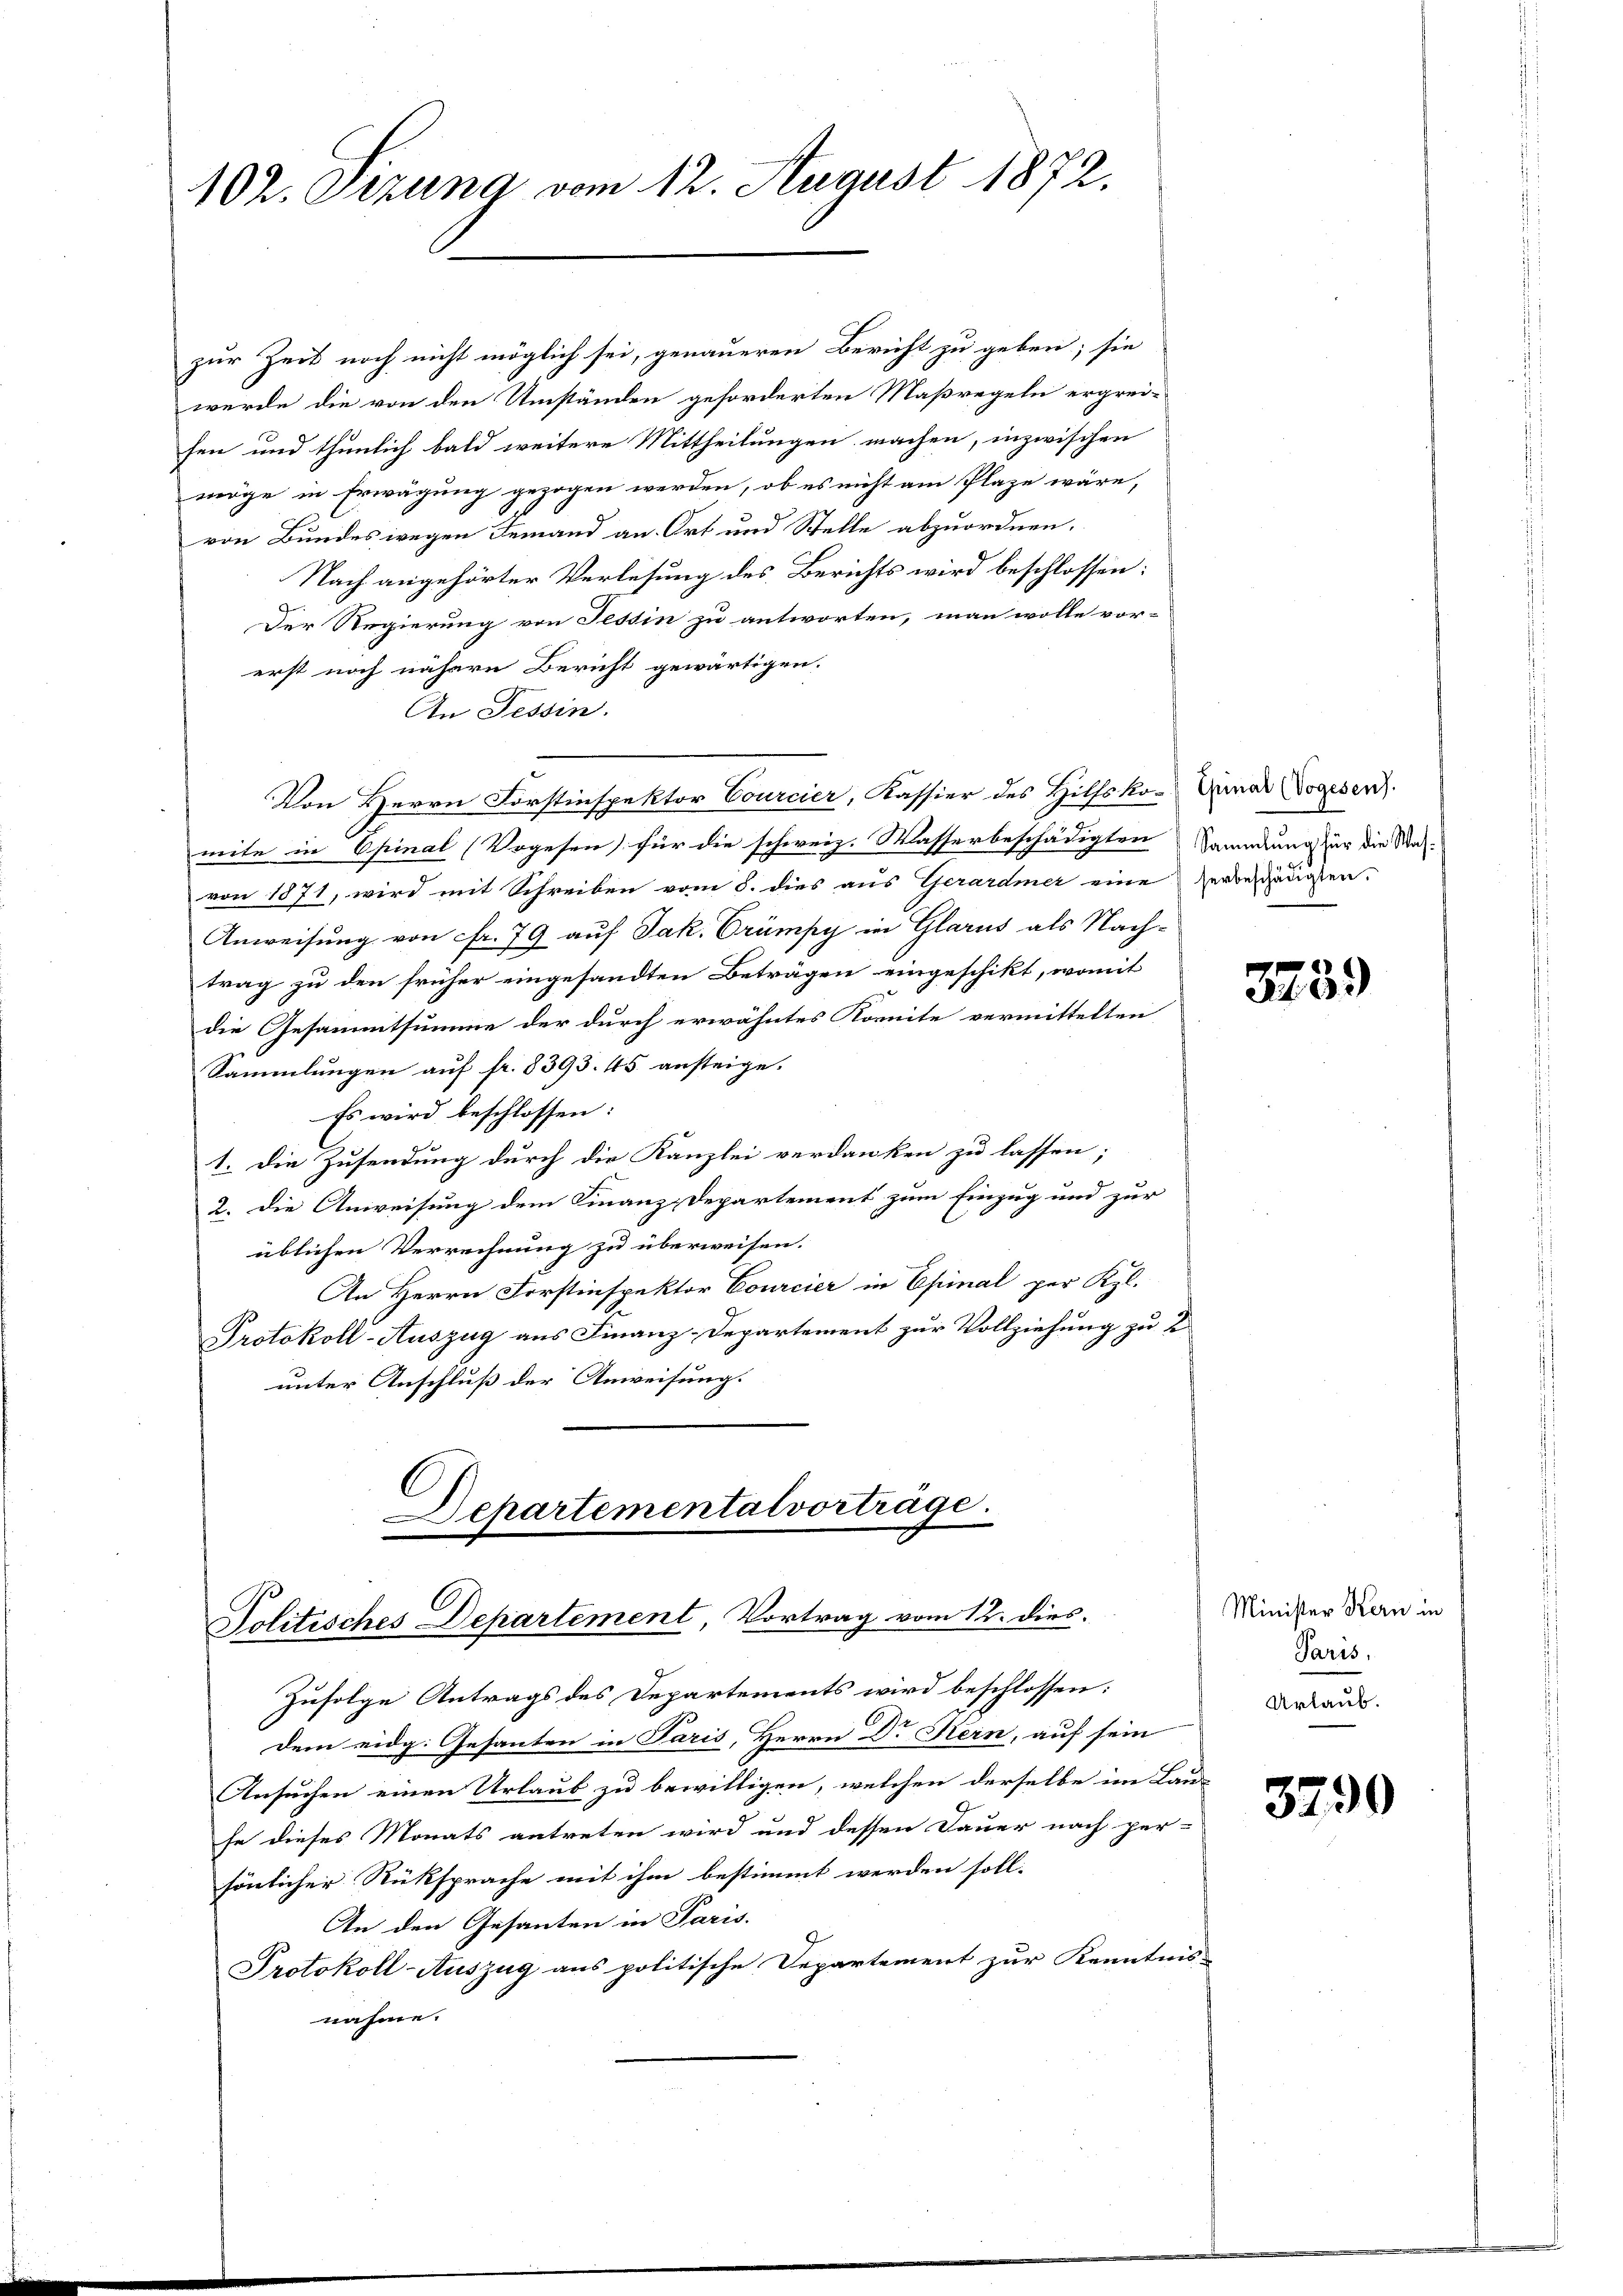
102. Sezung vom 12. August 1872.

zur Zeit noch nicht möglich sei, genaueren Bericht zu geben; sie
werde die von den Umständen geforderten Maßregeln ergrei-
sen und thunlich bald weitere Mittheilungen machen, inzwischen
möge in Erwägung gezogen werden, ob es nicht am Plaze wäre,
von Bundes wegen Jemand an Ort und Stelle abzuordnen.
Nach angehörter Verlesung des Berichts wird beschlossen:
Der Regierung von Tessin zu antworten, man wolle vor-
erst noch nähern Bericht gewärtigen.
An Tessin.
mite in Epinal (Vogesen) für die schweiz. Wasserbeschädigten Gemndung für die Wah-
von 1871, wird mit Schreiben vom 8. dies aus Gerardmer eine Verbeschädigten.
Anweisung von Fr. 79 auf Jak. Crämpy in Glarus als Nachtrag zu den früher eingesandten Beträgen eingeschikt, womit
die Gesammtsumme der durch erwähntes Kornite vermittelten
Sammlungen auf fr. 8393. 45. ansteige.
Es wird beschlossen:
1. Die Zusendung durch die Kanzlei verdanken zu lassen;
2. die Anweisung dem Finanz-Departement zum Einzug und zur
üblichen Verrechnung zu überweisen.
An Herrn Forstinspektor Courcier in Epinal per Kgl.
Protokoll-Auszug aus Finanz-Departement zur Vollziehung zu 2
unter Anschluß der Anweisung.

Von Herrn Forstinspektor Courcier, Kassier des Hilfsko¬Dunar Vogesen.

Departemental vorträge.
Politisches Departement Vortrag vom 12. dies.

Zufolge Antrags des Departements wird beschlossen:
Dem eidg. Gesanten in Paris, Herrn Dr Kern, auf sein
Ansuchen einen Urlaub zu bewilligen, welchen derselbe im Lau-
fe dieses Monats antreten wird und dessen Dauer nach per-
sönlicher Rüksprache mit ihm bestimmt werden soll.
An den Gesanten in Paris.
Protokoll-Auszug aus politische Departement zur Kenntnis-
nahme.

3239)

Minister Kern in
Paris,
Urlaub.

3790